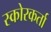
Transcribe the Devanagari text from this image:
स्कोरकर्ता